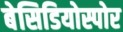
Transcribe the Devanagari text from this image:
बेसिडियोस्पोर